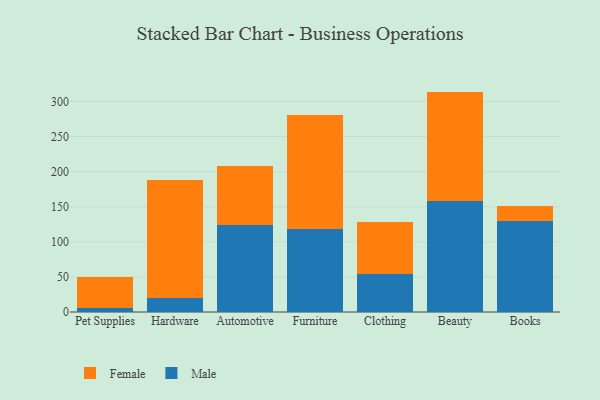
{"axis": {"x": "Category", "y": "Gross Profit (USD K)"}, "legend": ["Female", "Male"], "data": [{"x": "Pet Supplies", "y": 6.0, "type": "Male"}, {"x": "Pet Supplies", "y": 43.8, "type": "Female"}, {"x": "Hardware", "y": 19.3, "type": "Male"}, {"x": "Hardware", "y": 169.3, "type": "Female"}, {"x": "Automotive", "y": 123.6, "type": "Male"}, {"x": "Automotive", "y": 84.1, "type": "Female"}, {"x": "Furniture", "y": 119.0, "type": "Male"}, {"x": "Furniture", "y": 161.7, "type": "Female"}, {"x": "Clothing", "y": 53.9, "type": "Male"}, {"x": "Clothing", "y": 74.2, "type": "Female"}, {"x": "Beauty", "y": 158.7, "type": "Male"}, {"x": "Beauty", "y": 155.4, "type": "Female"}, {"x": "Books", "y": 129.1, "type": "Male"}, {"x": "Books", "y": 22.4, "type": "Female"}]}